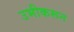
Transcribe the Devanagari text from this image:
उभीकरून